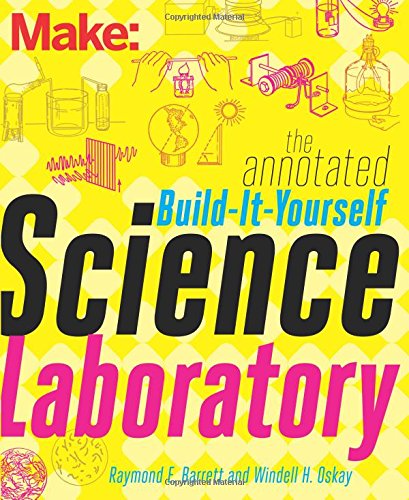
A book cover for Make: The Annotated Build-It-Yourself Science Laboratory: Build Over 200 Pieces of Science Equipment!; Windell Oskay; Education & Teaching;